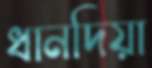
ধানদিয়া